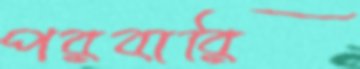
পরবারি